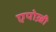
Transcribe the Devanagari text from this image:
एपोख़ी